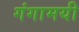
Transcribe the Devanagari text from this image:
गंगामयी